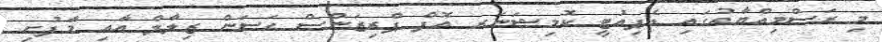
މި ރަސްމިއްޔާތުގައި ޑެޕިއުޓީ ކޮމިޝަނަރ އޮފް ޕްރިޒަންސް ޙަސަން ޒިލާލް އާއި މާފުށި